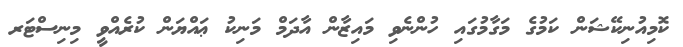
ކޮމިއުނިކޭޝަން ކަމުގެ މަގާމުގައި ހުންނެވި މައިޒާން އާދަމް މަނިކު ޢައްޔަން ކުރެއްވީ މިނިސްޓަރ